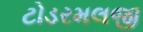
ટોડરમલજી